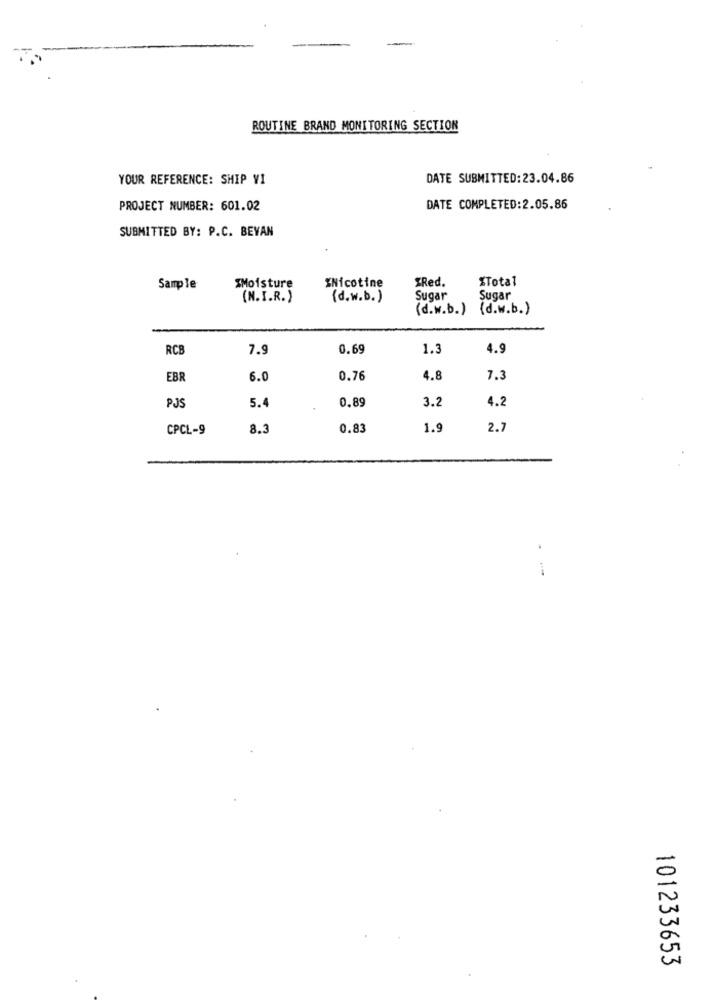
ROUTINE BRAND MONITORING SECTION
YOUR REFERENCE: SHIP VI
DATE SUBMITTED:23.04.86
PROJECT NUMBER: 601.02
DATE COMPLETED:2.05.86
SUBMITTED BY: P.C. BEVAN
XMoisture
%Nicotine
"Red.
%Total
Sample
(N.I.R.)
{d.w.b.)
Sugar
Sugar
(d.w.b.) {d.w.b.)
RCB
7.9
0.69
1.3
4.9
EBR
6.0
0.76
4.8
7.3
PJS
5.4
0.89
3.2
4.2
CPCL-9
8.3
0.83
1.9
2.
--
101233653